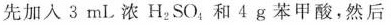
先加入 3 mL 浓 H_{2}SO_{4} 和 4 g 苯甲酸，然后